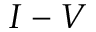
I - V